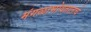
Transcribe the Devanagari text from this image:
मंगळाभोवतालचे